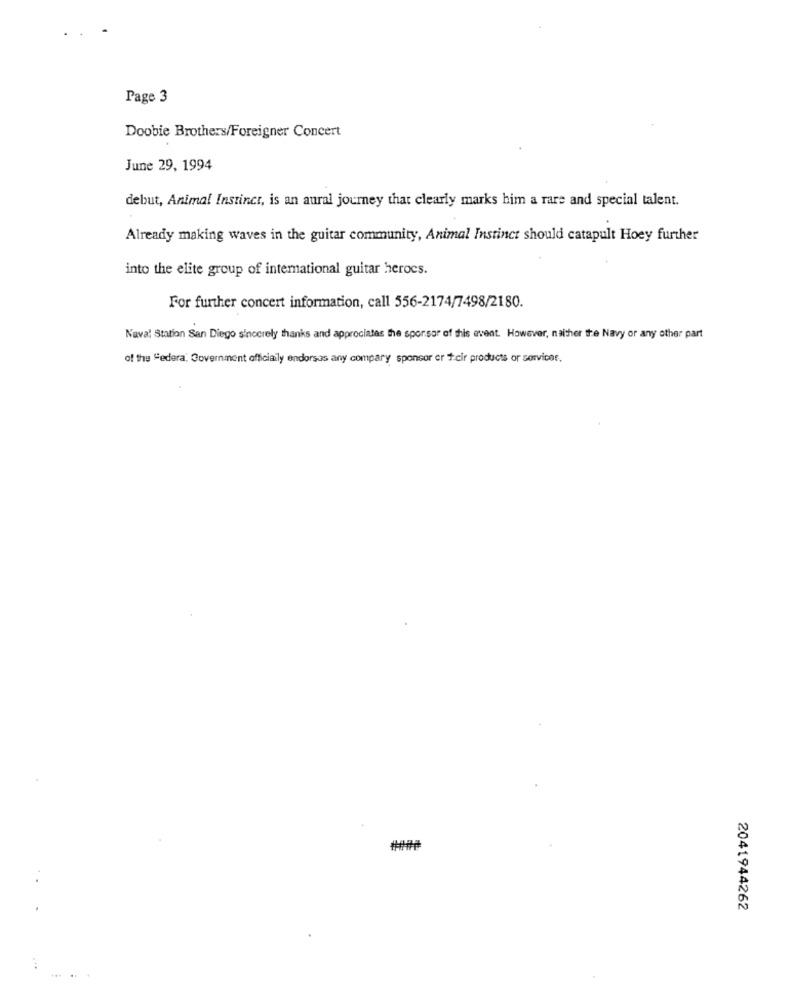
Page 3
Doobie Brothers/Foreigner Concert
June 29, 1994
debut, Animal Instinct, is an aural journey that clearly marks him a rare and special talent.
Already making waves in the guitar community, Animal Instinct should catapult Hoey further
into the elite group of international guitar herocs.
For further concert information, call 556-2174/7498/2180.
Naval Station San Diego sincerely thanks and appreciates the sponsor of this event. However, neither the Navy or any other part
of the "edera. Government officially endorsas any compary sponsor er t.cir products or services,
2041944262